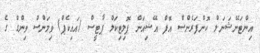
އިންޓަނޭޝަނަލް ކޮންފަރެންސް އޮފް އޭޝިއަން ޕޮލިޓިކަލް ޕާޓީސް (އައިކެޕް) ވިމަންސް ވިންގް ގެ